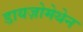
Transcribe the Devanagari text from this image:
डायज़ोमेथेन